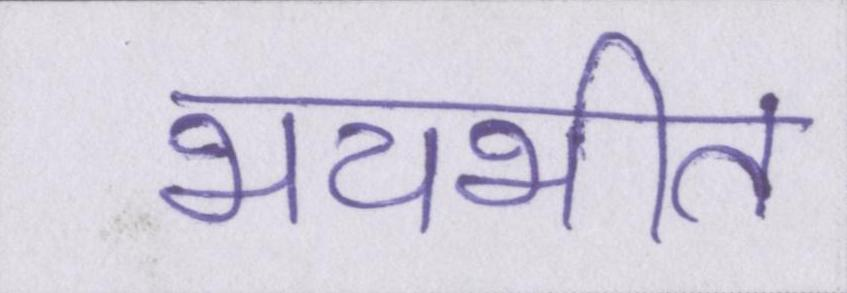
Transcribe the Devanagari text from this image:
भयभीत